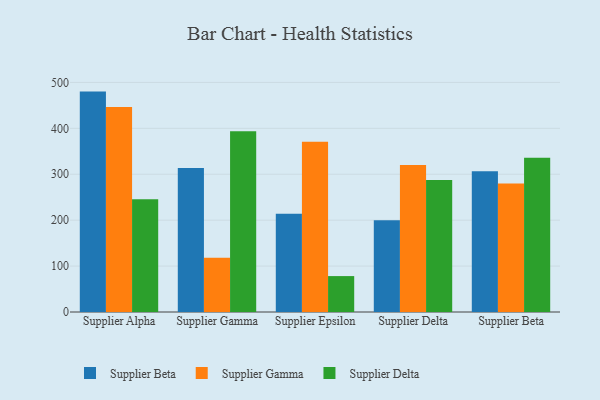
{"axis": {"x": "Supplier", "y": "Conversion Rate (%)"}, "legend": ["Supplier Beta", "Supplier Delta", "Supplier Gamma"], "data": [{"x": "Supplier Alpha", "y": 480.0, "type": "Supplier Beta"}, {"x": "Supplier Alpha", "y": 446.3, "type": "Supplier Gamma"}, {"x": "Supplier Alpha", "y": 245.4, "type": "Supplier Delta"}, {"x": "Supplier Gamma", "y": 313.6, "type": "Supplier Beta"}, {"x": "Supplier Gamma", "y": 118.4, "type": "Supplier Gamma"}, {"x": "Supplier Gamma", "y": 393.4, "type": "Supplier Delta"}, {"x": "Supplier Epsilon", "y": 213.8, "type": "Supplier Beta"}, {"x": "Supplier Epsilon", "y": 370.9, "type": "Supplier Gamma"}, {"x": "Supplier Epsilon", "y": 78.2, "type": "Supplier Delta"}, {"x": "Supplier Delta", "y": 199.6, "type": "Supplier Beta"}, {"x": "Supplier Delta", "y": 320.1, "type": "Supplier Gamma"}, {"x": "Supplier Delta", "y": 287.4, "type": "Supplier Delta"}, {"x": "Supplier Beta", "y": 306.4, "type": "Supplier Beta"}, {"x": "Supplier Beta", "y": 280.1, "type": "Supplier Gamma"}, {"x": "Supplier Beta", "y": 336.0, "type": "Supplier Delta"}]}